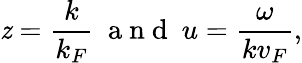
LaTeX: \mathit{z}=\frac{{k}}{{k_{F}}}\ \mathrm{{~a~n~d~}}\ u=\frac{{\omega}}{{kv_{F}}},